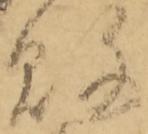
敗